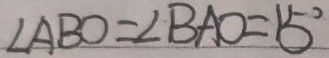
\angle A B O = \angle B A O = 1 5 ^ { \circ }